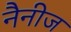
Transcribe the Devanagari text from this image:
नैनीज